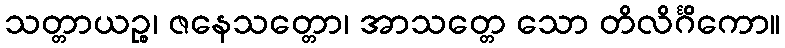
သတ္တာယဉ္စ၊ ဇနေသတ္တော၊ အာသတ္တေ သော တိလိင်္ဂိကော။